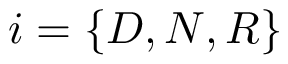
i = \{ D , N , R \}